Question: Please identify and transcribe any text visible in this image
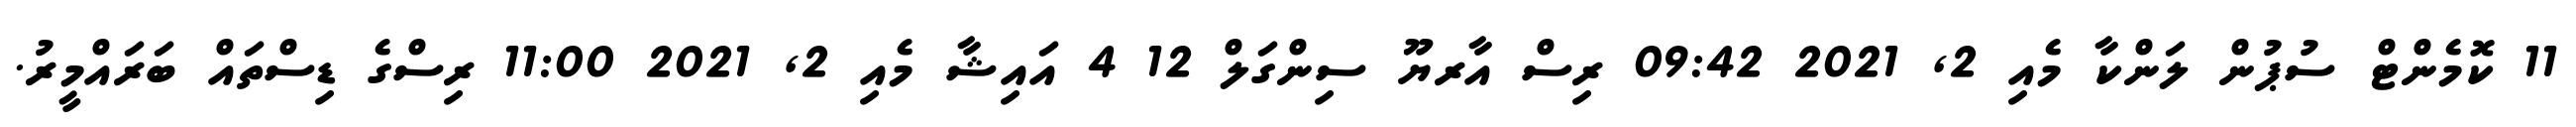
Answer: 11 ކޮމެންޓް ސުޕުން ލަންކާ މެއި 2, 2021 09:42 ރިސް އާރޔޫ ސިންގަލް 12 4 އައިޝާ މެއި 2, 2021 11:00 ރިސްގެ ޑިސްތައް ބަރައްމީރު.